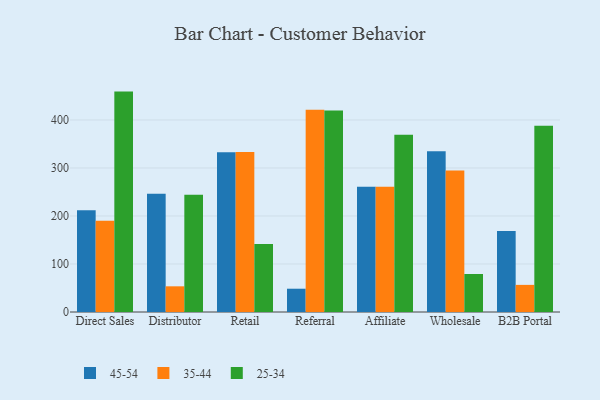
{"axis": {"x": "Channel", "y": "Page Views"}, "legend": ["25-34", "35-44", "45-54"], "data": [{"x": "Direct Sales", "y": 211.9, "type": "45-54"}, {"x": "Direct Sales", "y": 190.2, "type": "35-44"}, {"x": "Direct Sales", "y": 459.1, "type": "25-34"}, {"x": "Distributor", "y": 246.4, "type": "45-54"}, {"x": "Distributor", "y": 53.5, "type": "35-44"}, {"x": "Distributor", "y": 244.0, "type": "25-34"}, {"x": "Retail", "y": 332.9, "type": "45-54"}, {"x": "Retail", "y": 333.3, "type": "35-44"}, {"x": "Retail", "y": 141.9, "type": "25-34"}, {"x": "Referral", "y": 48.5, "type": "45-54"}, {"x": "Referral", "y": 421.3, "type": "35-44"}, {"x": "Referral", "y": 419.8, "type": "25-34"}, {"x": "Affiliate", "y": 261.1, "type": "45-54"}, {"x": "Affiliate", "y": 260.7, "type": "35-44"}, {"x": "Affiliate", "y": 369.1, "type": "25-34"}, {"x": "Wholesale", "y": 335.0, "type": "45-54"}, {"x": "Wholesale", "y": 294.5, "type": "35-44"}, {"x": "Wholesale", "y": 79.2, "type": "25-34"}, {"x": "B2B Portal", "y": 168.7, "type": "45-54"}, {"x": "B2B Portal", "y": 56.5, "type": "35-44"}, {"x": "B2B Portal", "y": 388.2, "type": "25-34"}]}